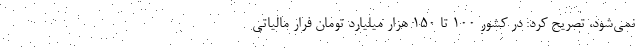
نمی‌شود، تصریح کرد: در کشور ۱۰۰ تا ۱۵۰ هزار میلیارد تومان فرار مالیاتی